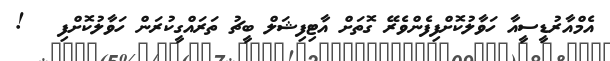
އެމްއާރުޑީސީއާ ހަވާލުކޮށްފިފެންވެރޭ ގޮތަށް އާޓިފިޝަލް ބީޗު ތަރައްގީކުރަން ހަވާލުކޮށްފި   !